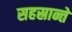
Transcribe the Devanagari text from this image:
सहस्रान्ते